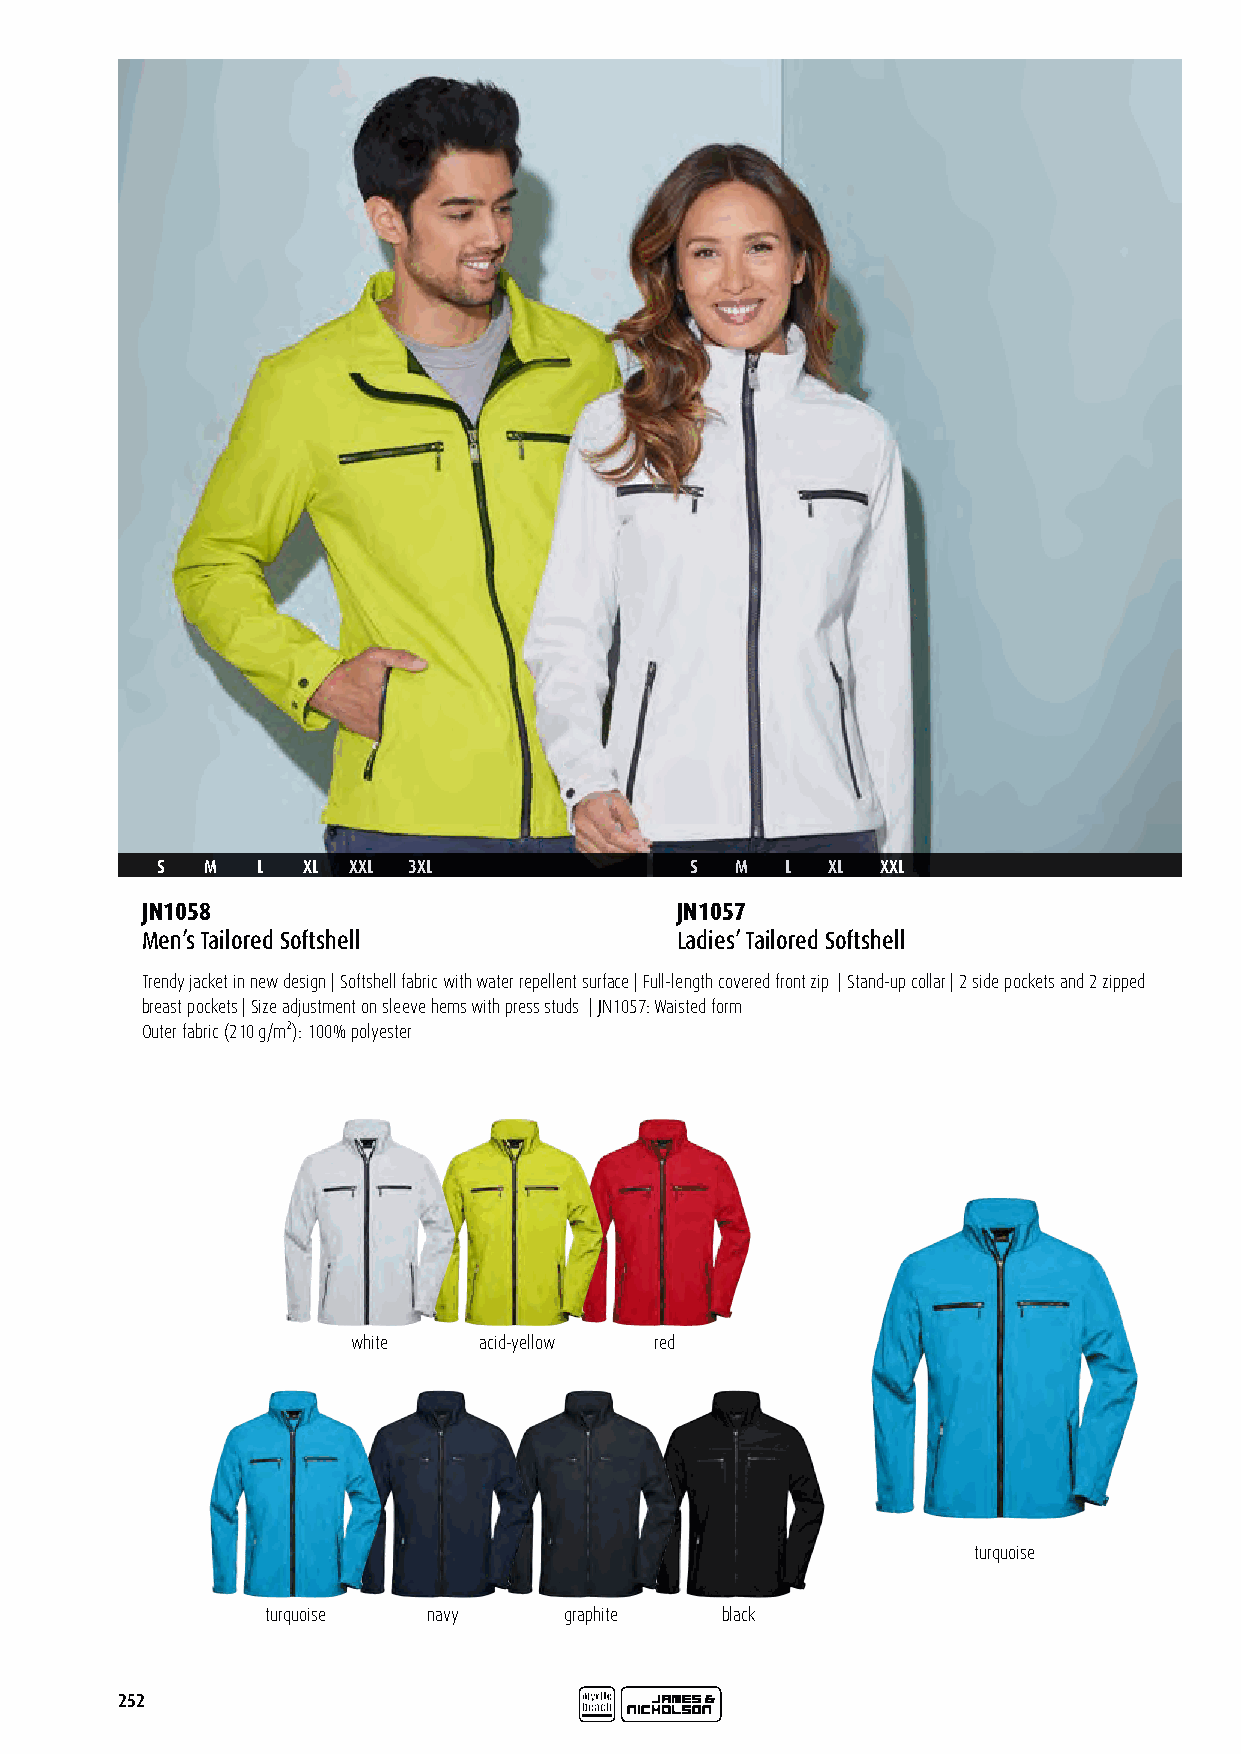
S   M  L  XL XXL 3XL                S  M  L  XL XXL
 JN1058                              JN1057
 Men’s Tailored Softshell            Ladies’ Tailored Softshell
 Trendy jacket in new design | Softshell fabric with water repellent surface | Full-length covered front zip | Stand-up collar | 2 side pockets and 2 zipped
 breast pockets | Size adjustment on sleeve hems with press studs | JN1057: Waisted form
 Outer fabric (210 g/m²): 100% polyester
 white    acid-yellow red
 turquoise
 turquoise navy     graphite   black
 252